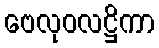
ဗေလုဝလဋ္ဌိကာ